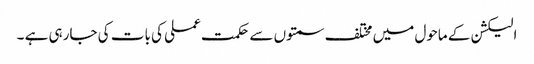
الیکشن کے ماحول میں مختلف سمتوں سے حکمت عملی کی بات کی جارہی ہے ۔